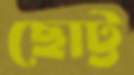
ছোট্ট